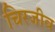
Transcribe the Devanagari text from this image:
चिरजीव